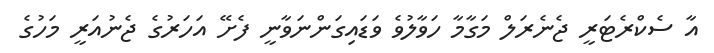
އާ ސެކްރެޓަރީ ޖެނެރަލް މަގާމާ ހަވާލުވެ ވަޑައިގަންނަވާނީ ފެށޭ އަހަރުގެ ޖެނުއަރީ މަހުގެ